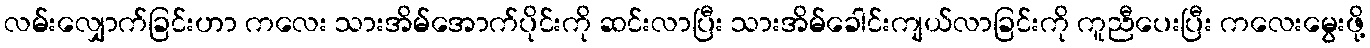
လမ်းလျှောက်ခြင်းဟာ ကလေး သားအိမ်အောက်ပိုင်းကို ဆင်းလာပြီး သားအိမ်ခေါင်းကျယ်လာခြင်းကို ကူညီပေးပြီး ကလေးမွေးဖို့